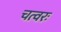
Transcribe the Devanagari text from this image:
चत्वरः